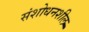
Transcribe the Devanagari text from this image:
संशोधनशील